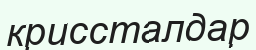
криссталдар